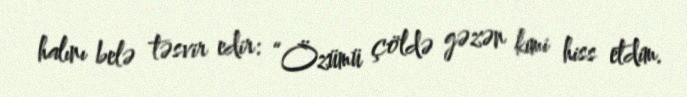
halını belə təsvir edir: “Özümü çöldə gəzən kimi hiss etdim.